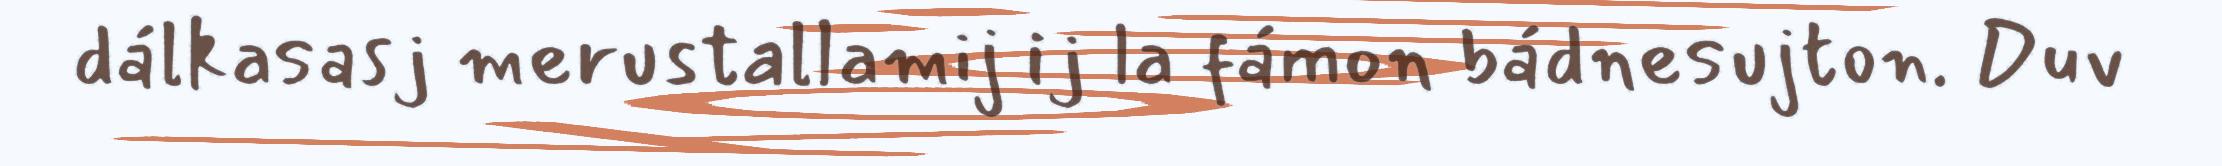
dálkasasj merustallamij ij la fámon bádnesujton. Duv